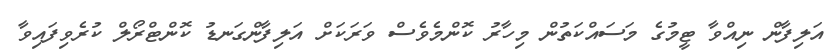
އަލިފާން ނިއްވާ ޓީމުގެ މަސައްކަތުން މިހާރު ކޮންމެވެސް ވަރަކަށް އަލިފާންގަނޑު ކޮންޓްރޯލް ކުރެވިފައިވާ